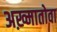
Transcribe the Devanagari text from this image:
अख़्मातोवा